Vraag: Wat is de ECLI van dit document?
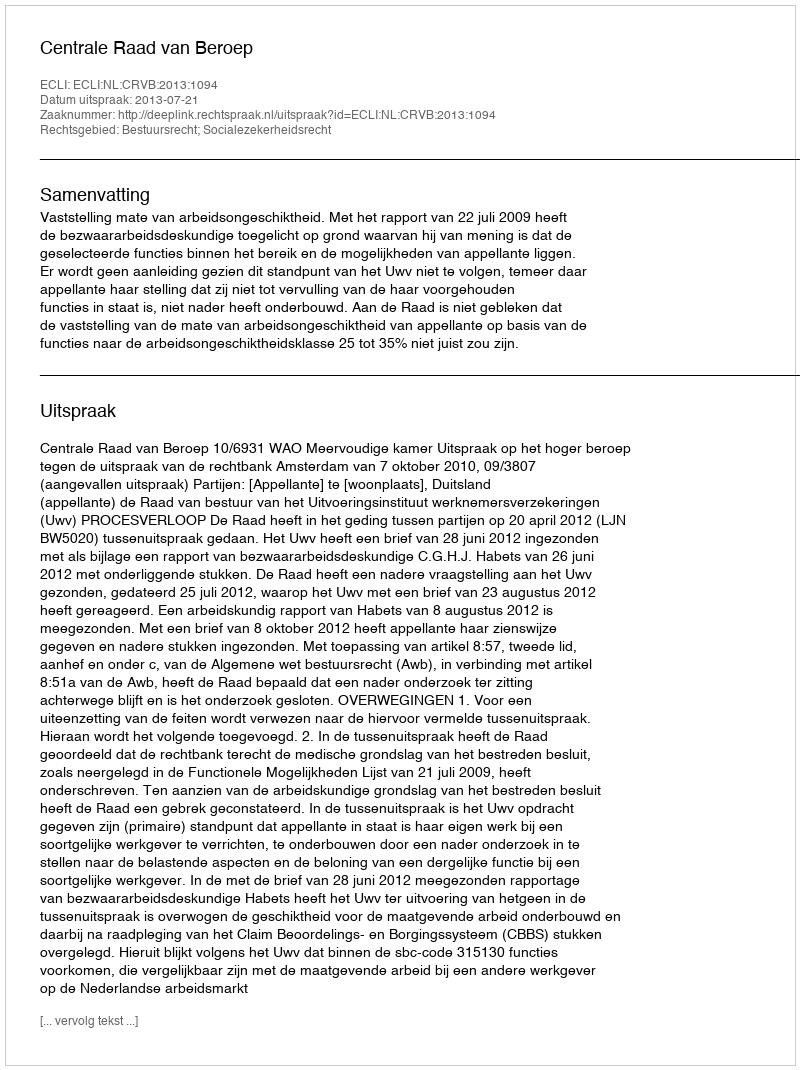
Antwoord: ECLI:NL:CRVB:2013:1094